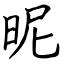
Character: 昵